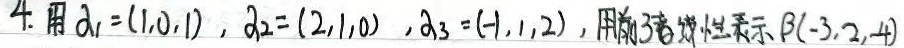
4. 用\(\alpha_1 = (1,0,1)\)，\(\alpha_2 = (2,1,0)\)，\(\alpha_3 = (-1,1,2)\)线性表示\(\beta = (-3,2,4)\)